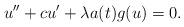
LaTeX: \begin{align*}u'' + c u' + \lambda a(t) g(u) = 0.\end{align*}